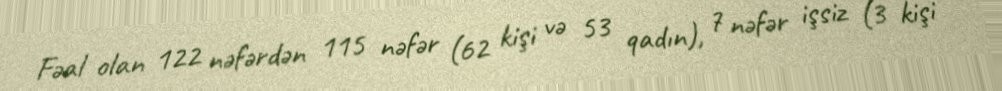
Fəal olan 122 nəfərdən 115 nəfər (62 kişi və 53 qadın), 7 nəfər işsiz (3 kişi